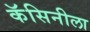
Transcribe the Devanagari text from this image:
कॅसिनीला